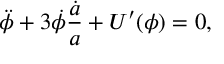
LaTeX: \ddot { \phi } + 3 \dot { \phi } \frac { \dot { a } } { a } + U ^ { \prime } ( \phi ) = 0 ,